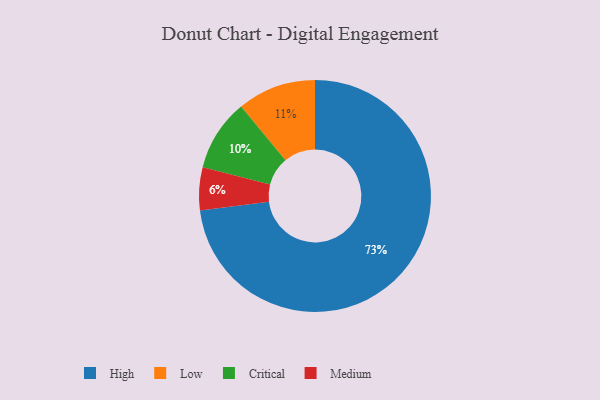
{"axis": {"x": "Category", "y": "Percentage"}, "legend": ["Critical", "High", "Low", "Medium"], "data": [{"x": "Critical", "y": 10, "type": "Critical"}, {"x": "Low", "y": 11, "type": "Low"}, {"x": "Medium", "y": 6, "type": "Medium"}, {"x": "High", "y": 73, "type": "High"}]}